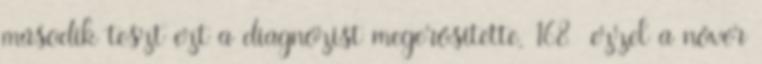
második teszt ezt a diagnózist megerősítette, 168 ezzel a nővér